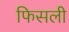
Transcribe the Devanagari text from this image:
फिसली